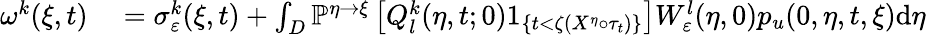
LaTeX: \begin{array}{rl}{\omega^{k}(\xi,t)}&{{}=\sigma_{\varepsilon}^{k}(\xi,t)+\int_{D}\mathbb{P}^{\eta\rightarrow\xi}\left[Q_{l}^{k}(\eta,t;0)1_{\{ t<\zeta(X^{\eta}\circ\tau_{t})\} }\right]W_{\varepsilon}^{l}(\eta,0)p_{u}(0,\eta,t,\xi)\textrm{d}\eta}\end{array}